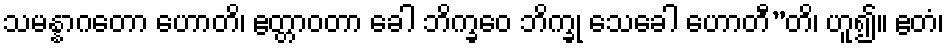
သမန္နာဂတော ဟောတိ၊ ဧတ္တာဝတာ ခေါ ဘိက္ခဝေ ဘိက္ခု သေခေါ ဟောတီ”တိ၊ ဟူ၍။ ဧတံ၊